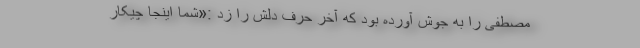
مصطفی را به جوش آورده بود که آخر حرف دلش را زد :«شما اینجا چیکار